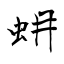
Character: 蚦